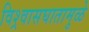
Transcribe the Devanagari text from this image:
विश्र्वासघातामुळे